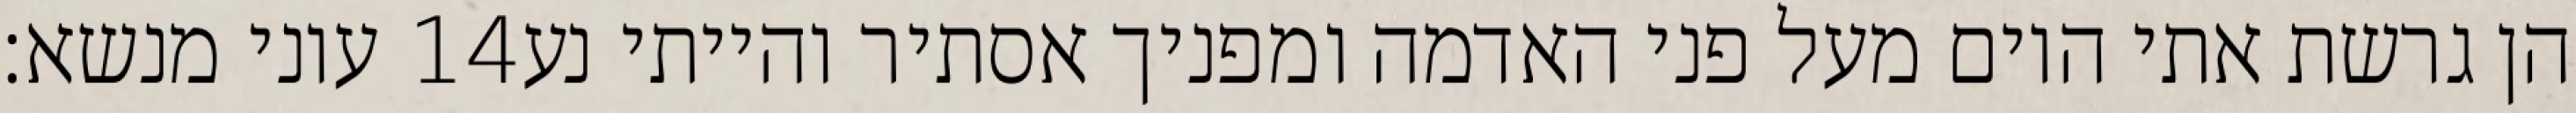
עוני מנשא׃ ‎14‏ הן גרשת אתי היום מעל פני האדמה ומפניך אסתיר והייתי נע